Insane asylums Bombay 1873-77 - 1873-1877
Year: 1873
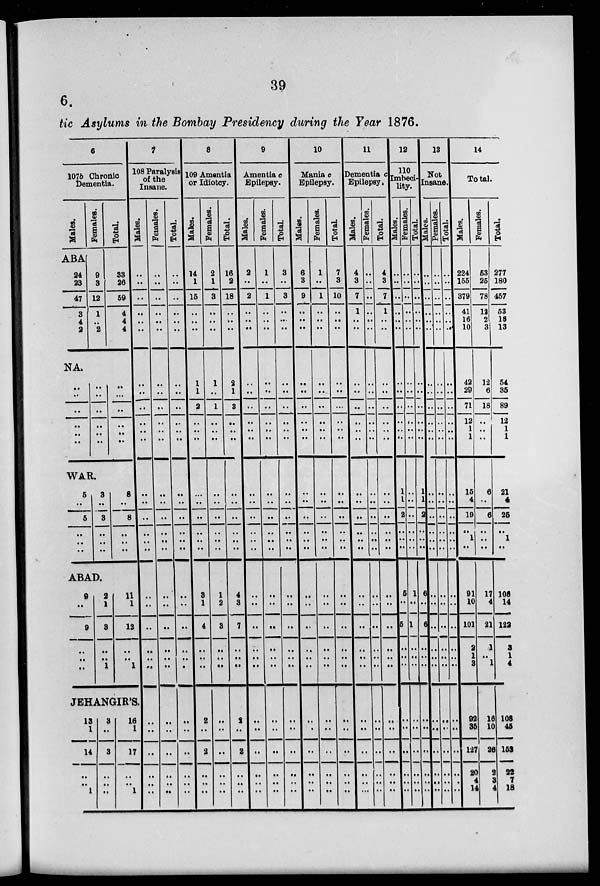
39
6.
tic Asylums in the Bombay Presidency during the Year 1876.
6
107b Chronic
Dementia.
Males.
ABA
24
23
47
3
4
2
Females.
9
3
12
1
..
2
Total.
33
26
59
4
4
4
NA.
..
..
..
..
..
..
..
..
..
..
..
..
..
...
..
..
..
..
WAR.
5
..
5
..
..
..
3
..
3
..
..
..
8
..
8
..
..
..
ABAD.
9
..
9
..
..
..
2
1
3
..
..
1
11
1
12
..
..
1
JEHANGIR'S.
13
1
14
..
..
1
3
..
3
..
..
..
16
1
17
..
..
1
7
108 Paralysis
of the
Insane.
Males.
..
..
..
..
..
..
..
..
..
..
..
..
..
..
..
..
..
..
..
..
..
..
..
..
..
..
..
..
..
..
Females.
..
..
..
..
..
..
..
..
..
..
..
..
..
..
..
..
..
..
..
..
..
..
..
..
..
..
..
..
..
..
Total.
..
..
..
..
..
..
..
..
..
..
..
..
..
..
..
..
..
..
..
..
..
..
..
..
..
..
..
..
..
..
8
109 Amentia
or Idiotcy.
Males.
14
1
15
..
..
..
1
1
2
..
..
..
..
..
..
..
..
..
3
1
4
..
..
..
2
..
2
..
..
..
Females.
2
1
3
..
..
..
1
..
1
..
..
..
..
..
..
..
..
..
1
2
3
..
..
..
..
..
..
..
..
..
Total.
16
2
18
..
..
..
2
1
3
..
..
..
..
..
..
..
..
..
4
3
7
..
..
..
2
..
2
..
..
..
9
Amentia c
Epilepsy.
Males.
2
..
2
..
..
..
..
..
..
..
..
..
..
..
..
..
..
..
..
..
..
..
..
..
..
..
..
..
..
..
Females.
1
..
1
..
..
..
..
..
..
..
..
..
..
..
..
..
..
..
..
..
..
..
..
..
..
..
..
..
..
..
Total.
3
..
3
..
..
..
..
..
..
..
..
..
..
..
..
..
..
..
..
..
..
..
..
..
..
..
..
..
..
..
10
Mania c
Epilepsy.
Males.
6
3
9
..
..
..
..
..
..
..
..
..
..
..
..
..
..
..
..
..
..
..
..
..
..
..
..
..
..
..
Females.
1
..
1
..
..
..
..
..
..
..
..
..
..
..
..
..
..
..
..
..
..
..
..
..
..
..
..
..
..
..
Total.
7
3
10
..
..
..
..
..
..
..
..
..
..
..
..
..
..
..
..
..
..
..
..
..
..
..
..
..
..
..
11
Dementia c
Epilepsy.
Males.
4
3
7
1
..
..
..
..
..
..
..
..
..
..
..
..
..
..
..
..
..
..
..
..
..
..
..
..
..
..
Females.
..
..
..
..
..
..
..
..
..
..
..
..
..
..
..
..
..
..
..
..
..
..
..
..
..
..
..
..
..
..
Total.
4
3
7
1
..
..
..
..
..
..
..
..
..
..
..
..
..
..
..
..
..
..
..
..
..
..
..
..
..
..
12
110
Imbeci-
lity.
Males.
..
..
..
..
..
..
..
..
..
..
..
..
1
1
2
..
..
..
5
..
5
..
..
..
..
..
..
..
..
..
Females.
..
..
..
..
..
..
..
..
..
..
..
..
..
..
..
..
..
..
1
..
1
..
..
..
..
..
..
..
..
..
Total.
..
..
..
..
..
..
..
..
..
..
..
..
1
1
2
..
..
..
6
..
6
..
..
..
..
..
..
..
..
..
13
Not
Insane.
Males.
..
..
..
..
..
..
..
..
..
..
..
..
..
..
..
..
..
..
..
..
..
..
..
..
..
..
..
..
..
..
Females.
..
..
..
..
..
..
..
..
..
..
..
..
..
..
..
..
..
..
..
..
..
..
..
..
..
..
..
..
..
..
Total.
..
..
..
..
..
..
..
..
..
..
..
..
..
..
..
..
..
..
..
..
..
..
..
..
..
..
..
..
..
..
14
Total.
Males.
224
155
379
41
16
10
42
29
71
12
1
1
15
4
19
..
1
..
..
91
10
101
2
1
3
92
35
137
20
4
14
Females.
53
25
78
12
2
3
12
6
18
..
..
..
6
..
6
..
..
..
..
17
4
21
1
..
1
16
10
26
2
3
4
Total.
277
180
457
53
18
13
54
35
89
12
1
1
21
4
25
..
1
..
..
108
14
122
3
1
4
108
45
153
22
7
18